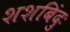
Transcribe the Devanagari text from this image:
शशबिंदुः